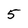
Character: 5